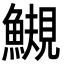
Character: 䲅